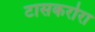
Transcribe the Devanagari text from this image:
टासकरोरा